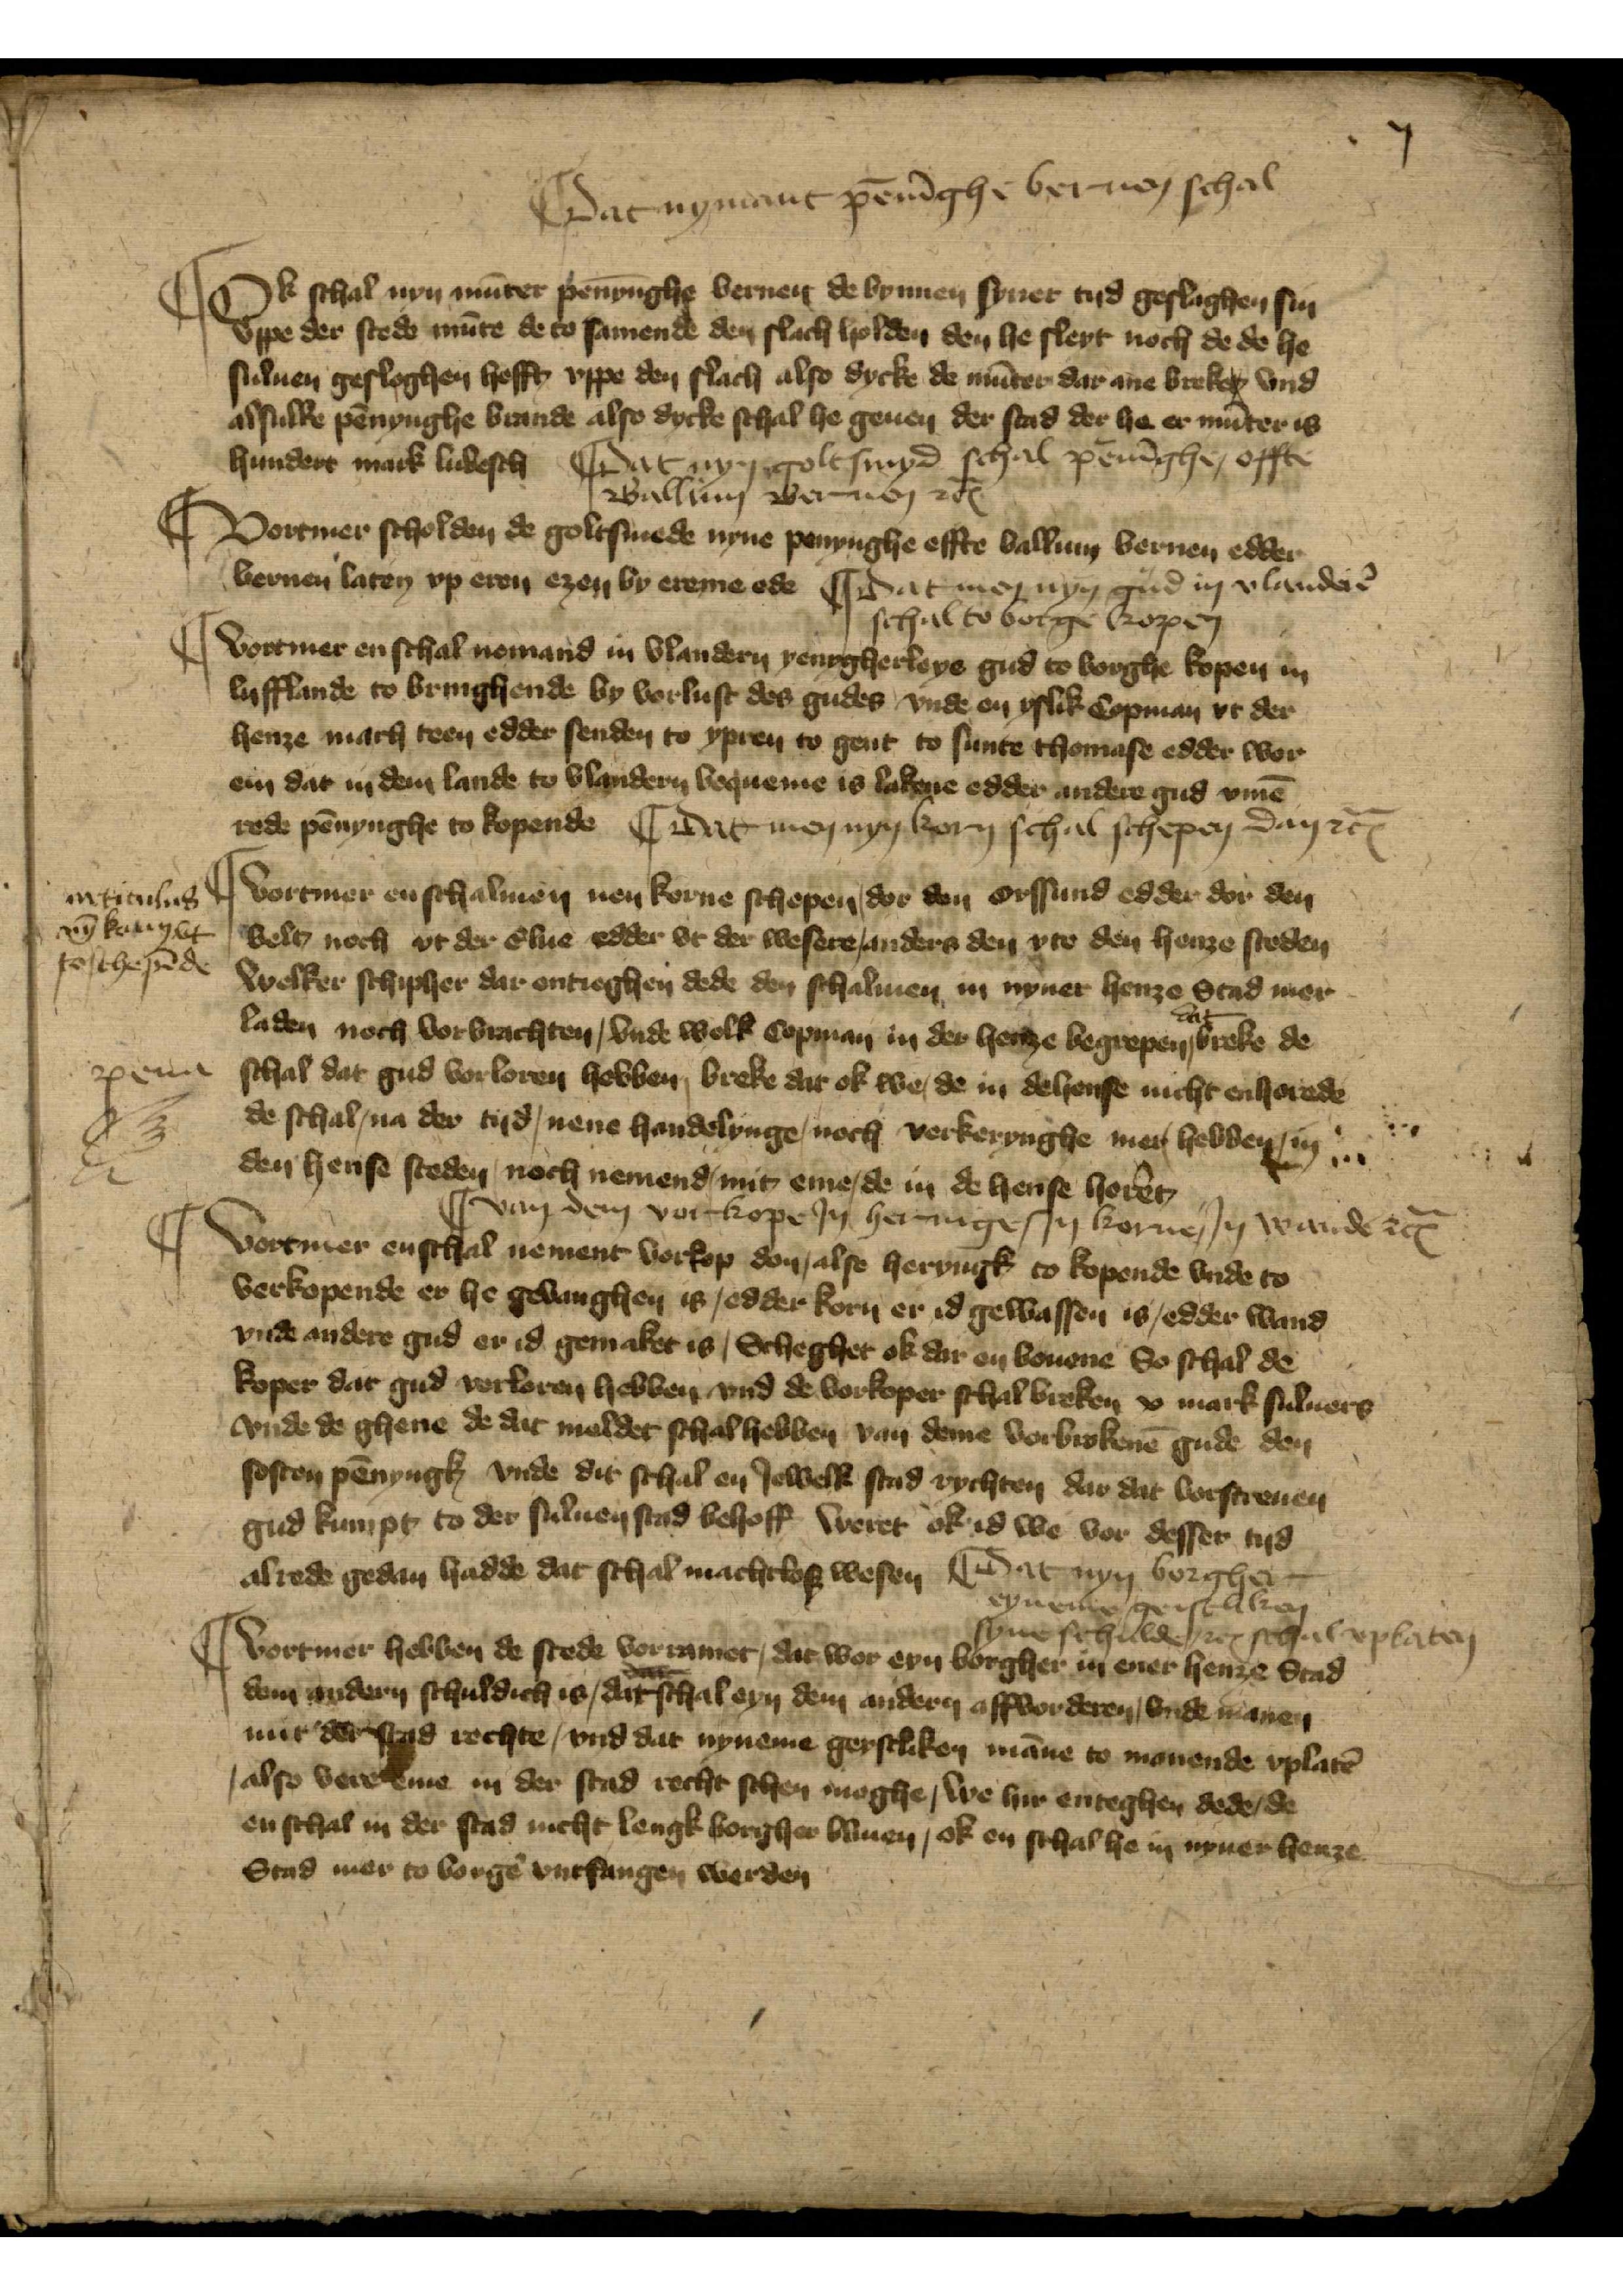
ij

|| Dat nymant pēnīghe bernen schal

|| Ok schal nyn mūter penninghe bernen de bynnen syner tyd geslaghen sin
vppe der stede mūte de to samende den slach holden den he sleyt noch de de he
suluen gesloghen hefft vppe den slach also dycke de mūter dar me breke vnd
alsulke pēnynghe brande also dycke schal he geuen der stad der he er mūter is
hundert mark lubesch

|| Dat nyn golt smyd schal pēnīghe effte
Balliun bernen etꝬ

|| Vortmer scholden de goltsmede nyne penynghe effte balliun bernen edder
bernen laten vp eren by ereme ede

|| Dat men nyn gud in Vlanderē
schal to borge kopen

|| Vortmer en schal nemand in Vlandern yenigherleye gud to borghe kopen in
Lyfflande to bringhende by vorlust des gudes vnde en yslik Copman vt der
henze mach teen edder senden to ypren to gent to sunte thomase edder wor
en dar in den lande to Vlandern beueme is lakene edder andere gud vmē 
Rede penynghe to kopende

|| Dat men nyn korn schal schepen dan etꝬ

|| Vortmer enschalmen nen korne schepen, dor den orssund edder dar den
belt noch vt der Elue edder vt der wesere, anders den vte den henze steden
welker schipher dar enteghen dede den schalmen in nyner henze Stad mer
laden noch vorbrachten, vnde welk Copman in der henze begrepen dat breke de
schal dat gud vorloren hebben, breke dat ok we, de in de hense nicht enhorede
de schal, na der tyd, nene handelinge, noch verkerynghe mer hebben, in
den hense steden, noch nemend, mit eme, de in de hense horet

articulus
nȳ korn vt¬
toschepēde

pena

|| van dem vorkope Jn heringe, Jn Korne, Jn wande etꝬ

|| Vortmer enschal nement vorkop don, alse heringk to kopende vnde to
verkopende er he gevanghen is, edder korn er id gewassen is, edder wand
vnde andere gud er id gemaket is, Scheghet ok dar en bouene So schal de
koper dat gud verloren hebben vnd de vorkoper schal breken x mark suluers
vnde de ghene de dat meldet schal hebben van deme vorbrokenē gude de
sosten pēnyngk vnde dit schal en Jewelke Stad rychten dar dat vorscreuen
gud kumpt to des suluen stad behoff weret ok id we vor desser tyd
alrede gedan hadde, dat schal machtlos wesen dat

|| Dat nyn borgher
eyneme genstliken
syne scholden etꝬ schal vplaten

|| Vortmer hebben de stede vorramet, dar wor eyn borgher in ener henze Stad
de andern schuldich is, dat schal eyn dem anderen affvorderen, vnde manen
mit de Stad rechte, vnd dat nyneme geystliken māne to manende vplatē
also vere eme in der stad recht schen moghe, we hir enteghen dede, de
enschal in der Stad nicht lengk borghe bliuen, ok en schal he in nyner henze
Stad mer to borgẻ vntfangen werden